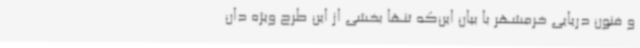
و فنون دریایی خرمشهر با بیان این‌که تنها بخشی از این طرح ویژه دان